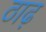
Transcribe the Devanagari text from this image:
ठाढ़